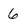
Character: 6